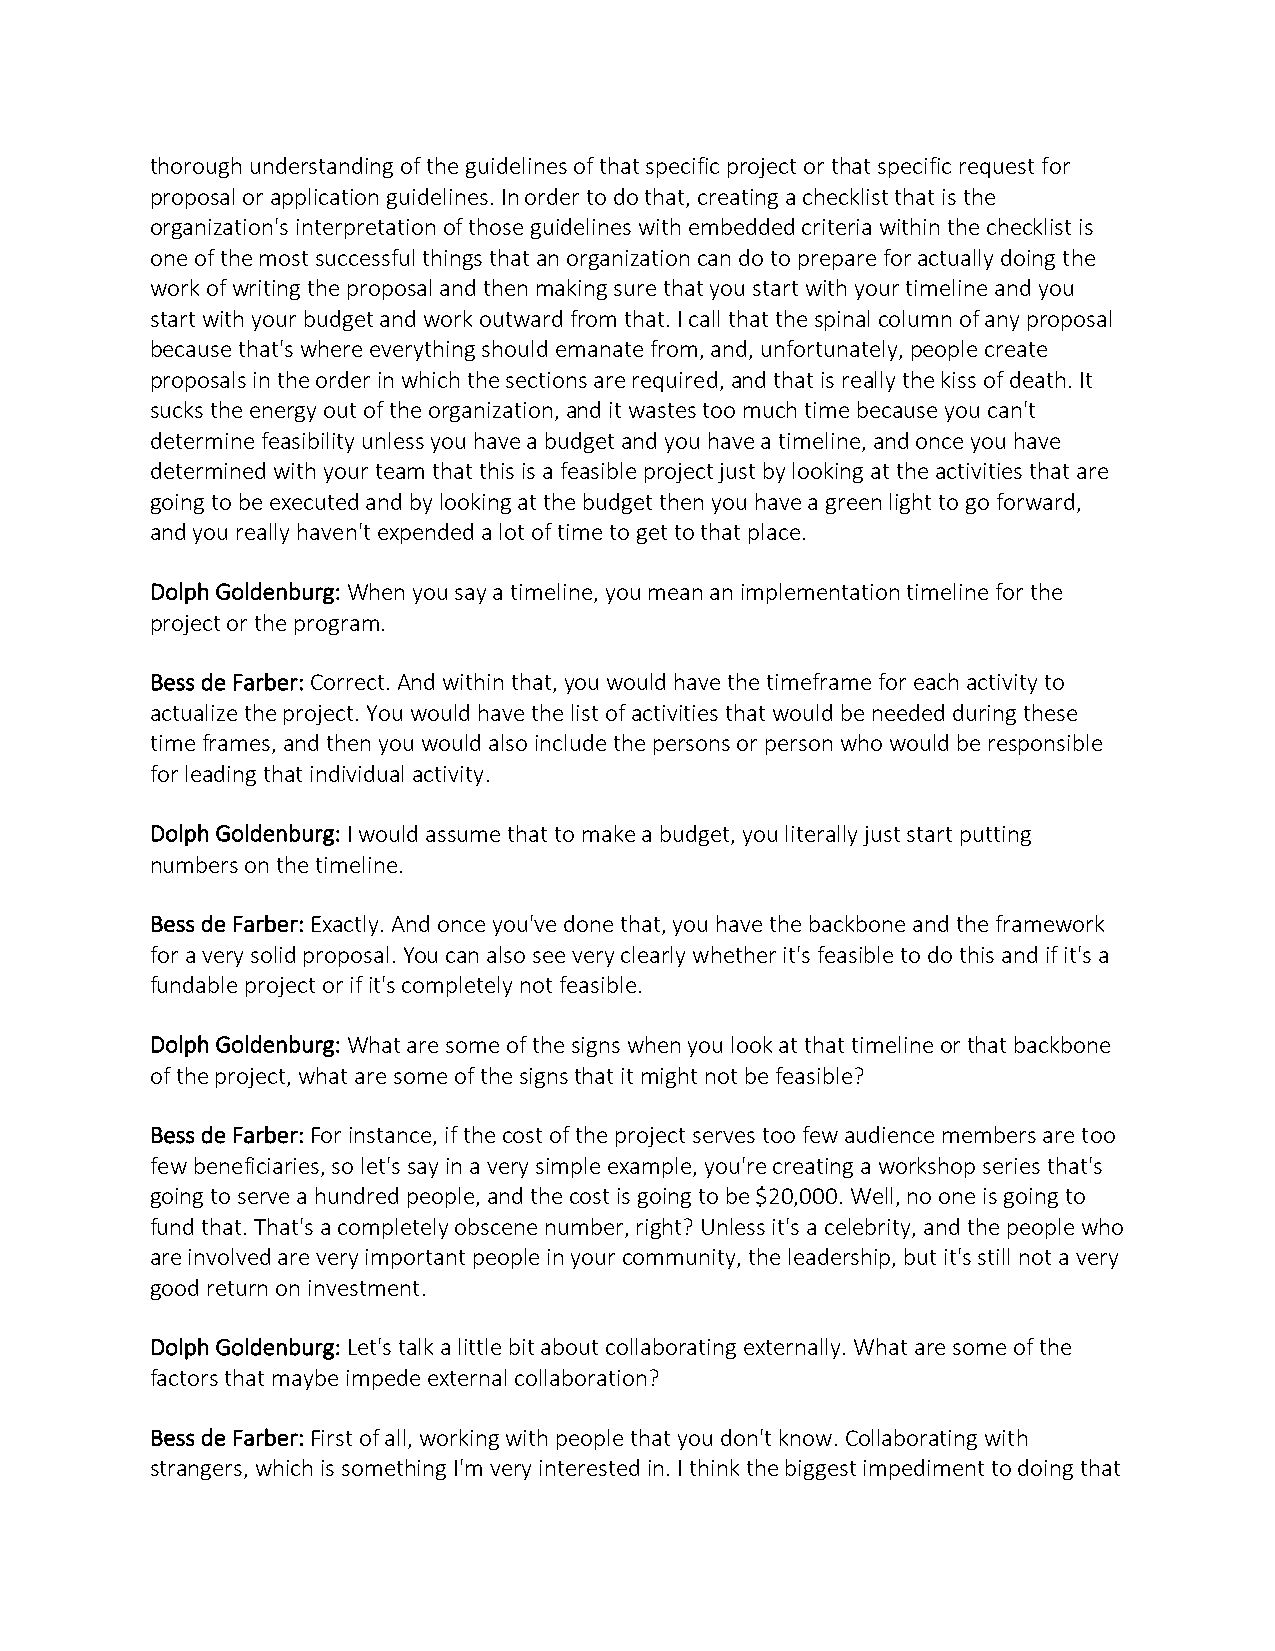
thorough understanding of the guidelines of that specific project or that specific request for
 proposal or application guidelines. In order to do that, creating a checklist that is the
 organization's interpretation of those guidelines with embedded criteria within the checklist is
 one of the most successful things that an organization can do to prepare for actually doing the
 work of writing the proposal and then making sure that you start with your timeline and you
 start with your budget and work outward from that. I call that the spinal column of any proposal
 because that's where everything should emanate from, and, unfortunately, people create
 proposals in the order in which the sections are required, and that is really the kiss of death. It
 sucks the energy out of the organization, and it wastes too much time because you can't
 determine feasibility unless you have a budget and you have a timeline, and once you have
 determined with your team that this is a feasible project just by looking at the activities that are
 going to be executed and by looking at the budget then you have a green light to go forward,
 and you really haven't expended a lot of time to get to that place.
 Dolph Goldenburg: When you say a timeline, you mean an implementation timeline for the
 project or the program.
 Bess de Farber: Correct. And within that, you would have the timeframe for each activity to
 actualize the project. You would have the list of activities that would be needed during these
 time frames, and then you would also include the persons or person who would be responsible
 for leading that individual activity.
 Dolph Goldenburg: I would assume that to make a budget, you literally just start putting
 numbers on the timeline.
 Bess de Farber: Exactly. And once you've done that, you have the backbone and the framework
 for a very solid proposal. You can also see very clearly whether it's feasible to do this and if it's a
 fundable project or if it's completely not feasible.
 Dolph Goldenburg: What are some of the signs when you look at that timeline or that backbone
 of the project, what are some of the signs that it might not be feasible?
 Bess de Farber: For instance, if the cost of the project serves too few audience members are too
 few beneficiaries, so let's say in a very simple example, you're creating a workshop series that's
 going to serve a hundred people, and the cost is going to be $20,000. Well, no one is going to
 fund that. That's a completely obscene number, right? Unless it's a celebrity, and the people who
 are involved are very important people in your community, the leadership, but it's still not a very
 good return on investment.
 Dolph Goldenburg: Let's talk a little bit about collaborating externally. What are some of the
 factors that maybe impede external collaboration?
 Bess de Farber: First of all, working with people that you don't know. Collaborating with
 strangers, which is something I'm very interested in. I think the biggest impediment to doing that